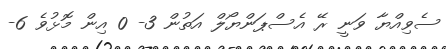
ސެވިއްޔާ ވަނީ ރޭ އެސްޕަންޔޯލް އަތުން 3- 0 އިން މޮޅުވެ 6-